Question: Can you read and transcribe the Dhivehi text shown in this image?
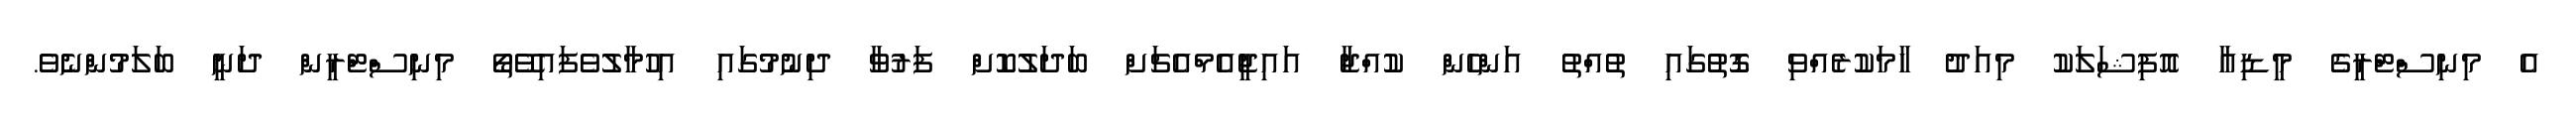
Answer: އެ މިނިސްޓްރީގެ މީޑިއާ އޮފިޝަލަކު މިއަދު ހާމަކުރެއްވި ގޮތުގައި ތުއްތު އަންހެން ކުއްޖާ އައިޖީއެމްއެޗަށް ބަދަލުކޮށް ފަރުވާ ދިނުމުގައި އިހުމާލުވެފައިވޭތޯ މިނިސްޓްރީން ދަނީ ބަލަމުންނެވެ.